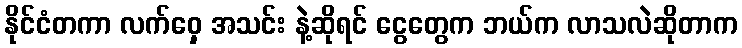
နိုင်ငံတကာ လက်ဝှေ့ အသင်း နဲ့ဆိုရင် ငွေတွေက ဘယ်က လာသလဲဆိုတာက